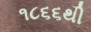
૧૮૬૬થી